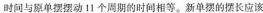
时间与原单摆摆动11个周期的时间相等。新单摆的摆长应该